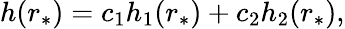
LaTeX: \begin{array}{r}{h(r_{*})=c_{1}h_{1}(r_{*})+c_{2}h_{2}(r_{*}),}\end{array}